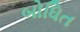
બોધિત